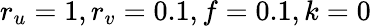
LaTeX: r_{u}=1,r_{v}=0.1,f=0.1,k=0